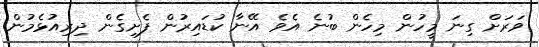
ވަރަށް ގިނަ މީހުން މިހެން ބުނެ އެވެ އޭނާ ކުޑައިރުން ފެށިގެން ދިރިއުޅެމުން